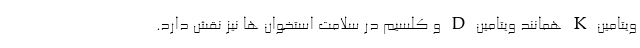
ویتامین K همانند ویتامین D و کلسیم در سلامت استخوان ها نیز نقش دارد.